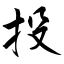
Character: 投